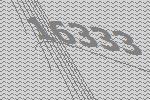
16333